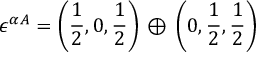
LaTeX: \epsilon ^ { \alpha A } = \left( \frac { 1 } { 2 } , 0 , \frac { 1 } { 2 } \right) \, \oplus \, \left( 0 , \frac { 1 } { 2 } , \frac { 1 } { 2 } \right) \,